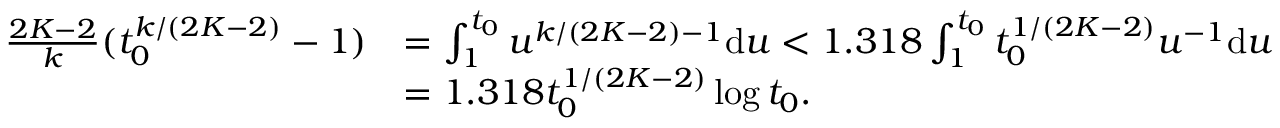
\begin{array} { r l } { \frac { 2 K - 2 } { k } ( t _ { 0 } ^ { k / ( 2 K - 2 ) } - 1 ) } & { = \int _ { 1 } ^ { t _ { 0 } } u ^ { k / ( 2 K - 2 ) - 1 } \mathrm { d } u < 1 . 3 1 8 \int _ { 1 } ^ { t _ { 0 } } t _ { 0 } ^ { 1 / ( 2 K - 2 ) } u ^ { - 1 } \mathrm { d } u } \\ & { = 1 . 3 1 8 t _ { 0 } ^ { 1 / ( 2 K - 2 ) } \log t _ { 0 } . } \end{array}